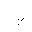
Letter: _ba